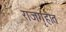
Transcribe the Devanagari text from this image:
राजगृहात